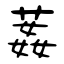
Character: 葌